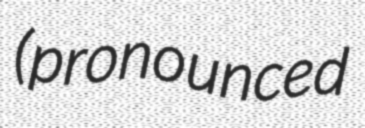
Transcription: (pronounced